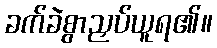
ခက်ခဲစွာညှပ်ယူရ၏။